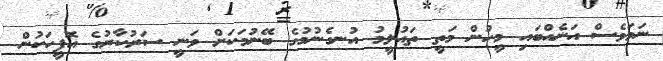
ނަމަވެސް އަނެއްބައި މީހުން މަތީ ތައުލީމު އުނގެނުމުގެ ބޭނުމަކަށް ވަނީ ސަރުކާރުގެ އޮފީހަކުން